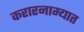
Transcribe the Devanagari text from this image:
करारनाम्यात